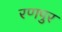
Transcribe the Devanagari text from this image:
रणपुर